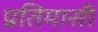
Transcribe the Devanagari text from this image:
प्रतिमासी